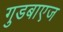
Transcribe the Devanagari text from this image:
गुडबाएज